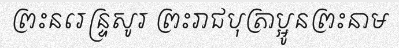
ព្រះនរេន្ទ្រសូរ ព្រះរាជបុត្រាប្អូនព្រះនាម